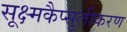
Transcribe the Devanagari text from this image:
सूक्ष्मकैप्सुलीकरण